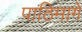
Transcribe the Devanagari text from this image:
पाठिमागे